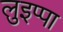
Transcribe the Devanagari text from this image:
लुइप्पा